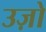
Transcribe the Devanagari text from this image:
उज़ो